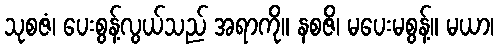
သုစဇံ၊ ပေးစွန့်လွယ်သည် အရာကို။ နစဇိ၊ မပေးမစွန့်။ မယာ၊